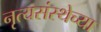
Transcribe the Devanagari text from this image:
नृत्यसंस्थेच्या